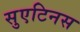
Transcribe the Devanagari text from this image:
सुएटिनस